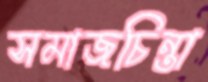
সমাজচিন্তা